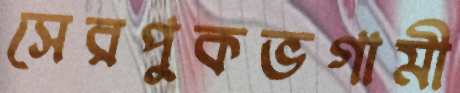
সেরপুকভগামী